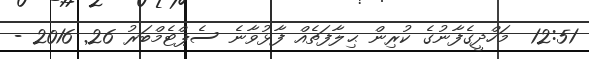
12:51  މަހްދީގެފާނުގެ ކުރިން ޙިލާފަތެއް ފާޅުވާނެ ސެޕްޓެމްބަރު 26